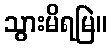
သွားမိရမြဲ။